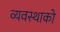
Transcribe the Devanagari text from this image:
व्यवस्थाको